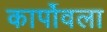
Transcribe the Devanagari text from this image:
कार्पोवला